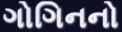
ગોગિનનો